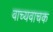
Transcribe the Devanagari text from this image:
वाच्यवाचक